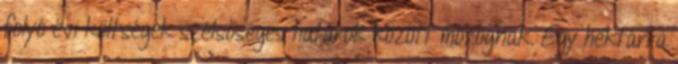
folyó évi költségek szélsőséges határok között mozognak. Egy hektárra